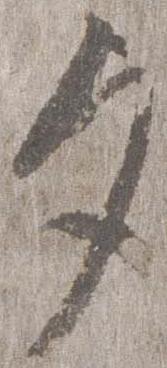
夕